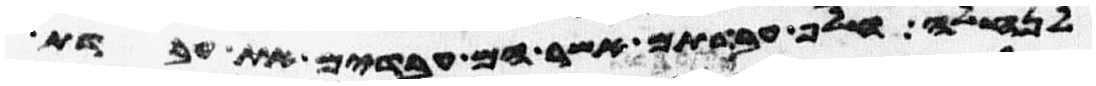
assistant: לנחלה חלף עבדתם אשר הם עבדים את עבדת